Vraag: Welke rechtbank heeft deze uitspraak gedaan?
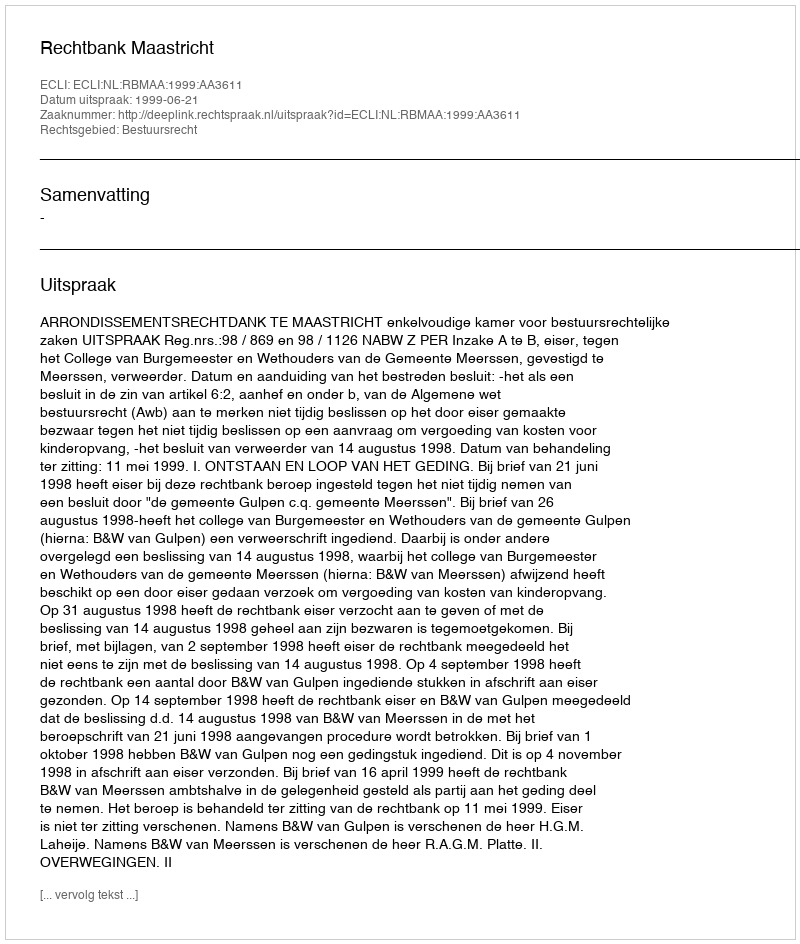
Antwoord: Rechtbank Maastricht